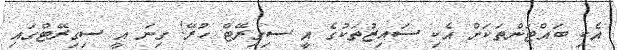
އެކި ބައްޓަންތަކަށް އެކި ސައިޒުތަކުގެ އީ ސިގިރޭޓް ހުރޭ! ގިނަ އީ ސިގިރޭޓްގައި